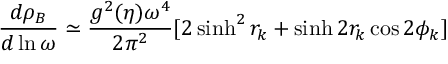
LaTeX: \frac { d \rho _ { B } } { d \ln { \omega } } \simeq \frac { g ^ { 2 } ( \eta ) \omega ^ { 4 } } { 2 \pi ^ { 2 } } [ 2 \sinh ^ { 2 } { r _ { k } } + \sinh { 2 r _ { k } } \cos { 2 \phi _ { k } } ]